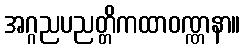
အဂ္ဂညပညတ္တိကထာဝဏ္ဏနာ။